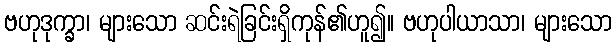
ဗဟုဒုက္ခာ၊ များသော ဆင်းရဲခြင်းရှိကုန်၏ဟူ၍။ ဗဟုပါယာသာ၊ များသော